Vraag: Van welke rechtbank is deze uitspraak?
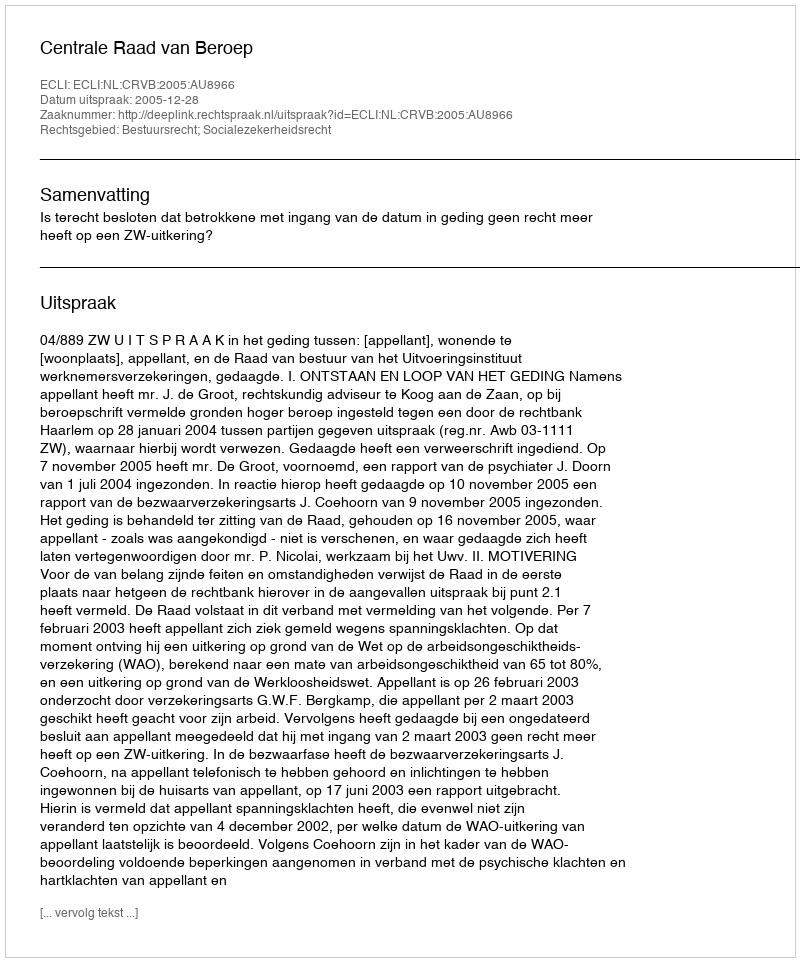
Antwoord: Centrale Raad van Beroep